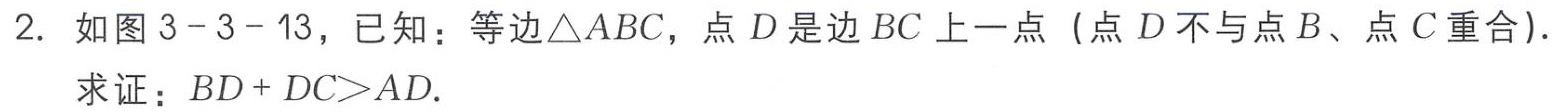
2. 如图3 - 3 - 13，已知：等边$\triangle ABC$，点$D$是边$BC$上一点（点$D$不与点$B$、点$C$重合）.

求证：$BD + DC>AD$.